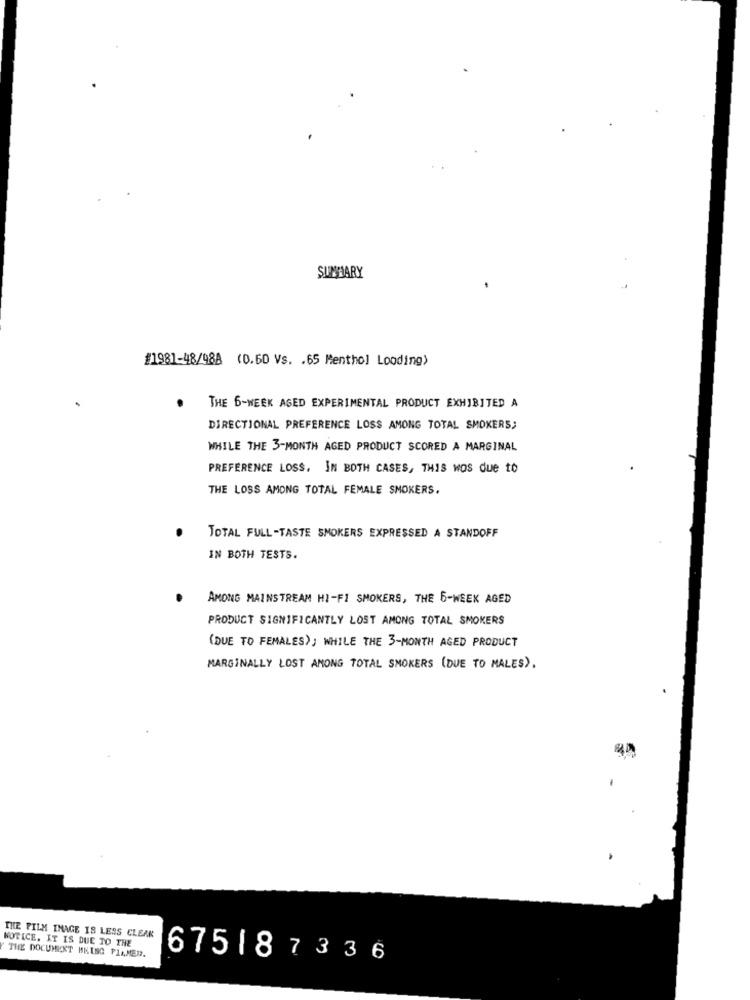
SUMMARY
#1981-48/988 (0.60 Vs. . 65 Menthol Looding)
THE 6-WEEK AGED EXPERIMENTAL PRODUCT EXHIBITED A
DIRECTIONAL PREFERENCE LOSS AMONG TOTAL SMOKERS;
WHILE THE 3-MONTH AGED PRODUCT SCORED A MARGINAL
PREFERENCE LOSS. IN BOTH CASES, THIS WAS due to
THE LOSS AMONG TOTAL FEMALE SMOKERS.
TOTAL FULL-TASTE SMOKERS EXPRESSED A STANDOFF
IN BOTH TESTS.
AMONG MAINSTREAM HI-FI SMOKERS, THE 6-WEEK AGED
PRODUCT SIGNIFICANTLY LOST AMONG TOTAL SMOKERS
(DUE TO FEMALES); WHILE THE 3-MONTH AGED PRODUCT
MARGINALLY LOST AMONG TOTAL SMOKERS (DUE TO MALES).
NOTICE. IT IS DUE TO THE
THE FILM IMAGE IS LESS CLEAR
THE DOCUMENT BEING PIAMED.
675187336